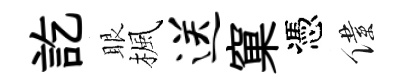
訖眼楓送窠憑僕